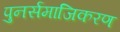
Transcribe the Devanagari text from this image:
पुनर्समाजिकरण